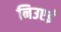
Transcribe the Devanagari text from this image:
निउएई